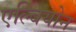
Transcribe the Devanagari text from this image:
एल्बियोन